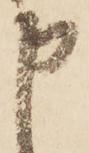
申